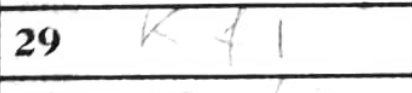
Transcription: Kf1